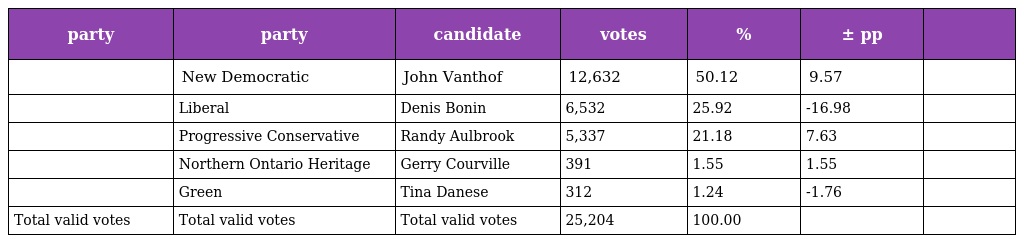
| party | party | candidate | votes | % | ± pp |  |
 | --- | --- | --- | --- | --- | --- | --- |
 |  | New Democratic | John Vanthof | 12,632 | 50.12 | 9.57 |  |
 |  | Liberal | Denis Bonin | 6,532 | 25.92 | -16.98 |  |
 |  | Progressive Conservative | Randy Aulbrook | 5,337 | 21.18 | 7.63 |  |
 |  | Northern Ontario Heritage | Gerry Courville | 391 | 1.55 | 1.55 |  |
 |  | Green | Tina Danese | 312 | 1.24 | -1.76 |  |
 | Total valid votes | Total valid votes | Total valid votes | 25,204 | 100.00 |  |  |